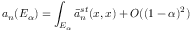
a _ { n } ( E _ { \alpha } ) = \int _ { E _ { \alpha } } \bar { a } _ { n } ^ { s t } ( x , x ) + O ( ( 1 - \alpha ) ^ { 2 } )